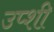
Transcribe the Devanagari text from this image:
उप्शी